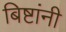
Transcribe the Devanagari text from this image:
बिष्टांनी